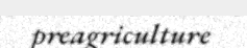
preagriculture